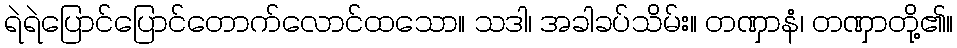
ရဲရဲပြောင်ပြောင်တောက်လောင်ထသော။ သဒါ၊ အခါခပ်သိမ်း။ တဏှာနံ၊ တဏှာတို့၏။